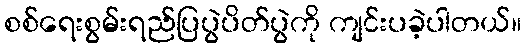
စစ်ရေးစွမ်းရည်ပြပွဲပိတ်ပွဲကို ကျင်းပခဲ့ပါတယ်။